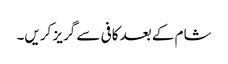
شام کے بعد کافی سے گریز کریں۔